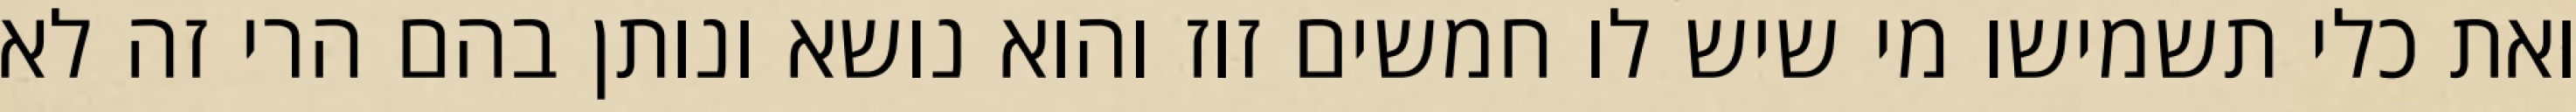
ואת כלי תשמישו מי שיש לו חמשים זוז והוא נושא ונותן בהם הרי זה לא